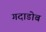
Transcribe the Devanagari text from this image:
गदाडोब